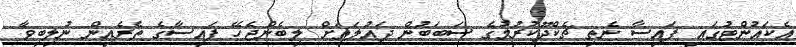
އެކައުންޓުގައި ފައިސާ ނެތި ޗެކްދޫކުރުމުގެ ސަބަބުން ދައުލަތަށް ލިބެންޖެހޭ ފައިސާގެ ތެރެއިން ނުލިބިވާ